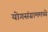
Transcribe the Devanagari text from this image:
योगसंग्राममध्ये